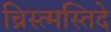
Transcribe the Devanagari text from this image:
च्रिस्त्मस्तिदे